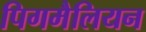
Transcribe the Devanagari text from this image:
पिगमैलियन